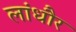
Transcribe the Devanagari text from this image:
लांधौर